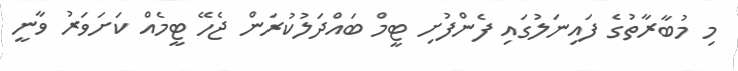
މި މުބާރާތުގެ ފައިނަލުގައި ފެންފުށި ޓީމް ބައްދަލުކުރަން ޖެހޭ ޓީމެއް ކަށަވަރު ވާނީ